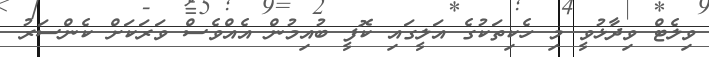
ވިލެޓް ވިދާޅުވީ މި ހެކިތަކުގެ އަލީގައި ކޮފީ ބުއިމުން އެއްވެސް ވަރަކަށް ކެންސަރު